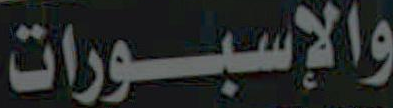
والإسبورات